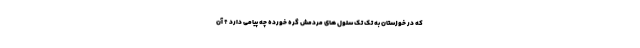
که در خوزستان به تک تک سلول های مردمش گره خورده چه پیامی دارد ؟ آن